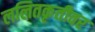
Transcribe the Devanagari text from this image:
ललितकृतीवर